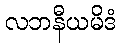
လဘနီယမိဒံ